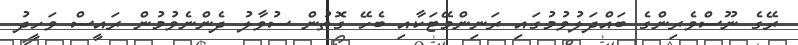
ރޭގެ ނޫސްވެރިންގެ ބައްދަލުވުމުގައި ރަނިންމޭޓަކާއި ބެހޭ ގޮތުން ސުވާލު ދެންނެވުމުން ރައީސް ވަހީދު